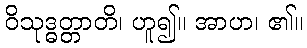
ဝိသုဒ္ဓတ္တာတိ၊ ဟူ၍။ အာဟ၊ ၏။